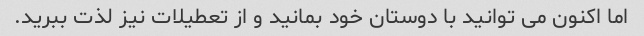
اما اکنون می توانید با دوستان خود بمانید و از تعطیلات نیز لذت ببرید.